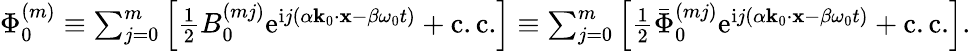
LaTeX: \begin{array}{r}{\Phi_{0}^{(m)}\equiv\sum_{j=0}^{m}\left[\frac{1}{2}B_{0}^{(mj)}\mathrm{e}^{\mathrm{i}j(\alpha\mathbf{k}_{0}\cdot\mathbf{x}-\beta\omega_{0}t)}+\mathrm{c.c.}\right]\equiv\sum_{j=0}^{m}\left[\frac{1}{2}\bar{\Phi}_{0}^{(mj)}\mathrm{e}^{\mathrm{i}j(\alpha\mathbf{k}_{0}\cdot\mathbf{x}-\beta\omega_{0}t)}+\mathrm{c.c.}\right].}\end{array}